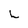
Character: L